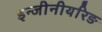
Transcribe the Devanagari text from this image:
इन्जीनीयरिङ